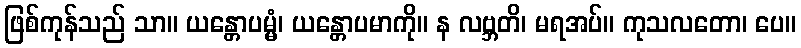
ဖြစ်ကုန်သည် သာ။ ယန္တောပမ္မံ၊ ယန္တောပမာကို။ န လဗ္ဘတိ၊ မရအပ်။ ကုသလတော၊ ပေ။